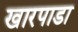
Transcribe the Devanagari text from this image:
खारपाडा